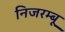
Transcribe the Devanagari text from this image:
निजरम्बू